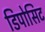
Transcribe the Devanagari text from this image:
डिपोसिट